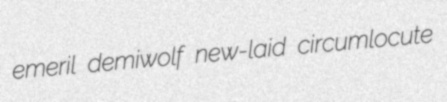
emeril demiwolf new-laid circumlocute